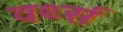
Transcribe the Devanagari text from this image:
वर्थ्स